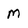
Character: M